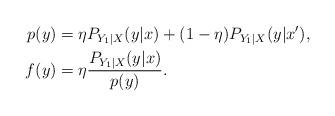
LaTeX: \begin{align*}p(y)&=\eta P_{Y_1|X} (y|x)+(1-\eta) P_{Y_1|X} (y|x'), \\f(y)&=\eta \frac{P_{Y_1|X}(y|x)}{p(y)}.\end{align*}